Annual returns of the Patna Lunatic Asylum at Bankipore in Bihar and Orissa - 1912-1924
Year: 1912
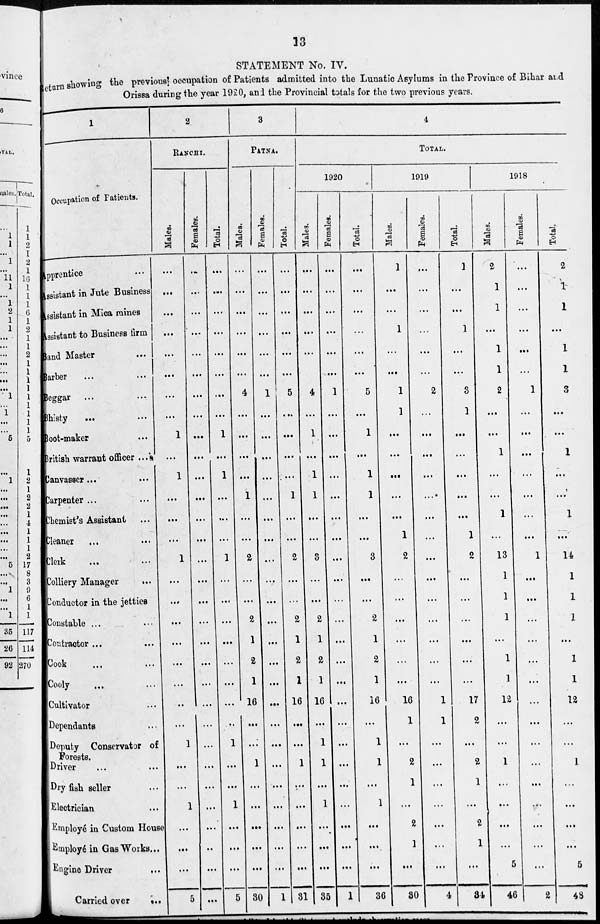
13
STATEMENT No. IV.
Return showing the previous occupation of Patients admitted into the Lunatic Asylums in the Province of Bihar and
Orissa during the year 1920, and the Provincial totals for the two previous years.
1
Occupation of Patients.
Apprentice ...
Assistant in Jute Business
Assistant in Mica mines
Assistant to Business firm
Band Master...
Barber... ...
Beggar
... ...
Bhisty
... ...
Boot-maker...
British warrant officer ...
Canvasser ... ...
Carpenter ... ...
Chemist's Assistant...
Cleaner... ...
Clerk... ...
Colliery Manager
...
Conductor in the jetties
Constable ... ...
Contractor ... ...
Cook... ...
Cooly... ...
Cultivator...
dependants...
Deputy Conservator of
Forests.
Driver ... ...
Dry fish seller...
Electrician...
Employé in Custom House
Employé in Gas Works...
Engine Driver...
Carried over
...
2
RANCHI.
Males.
...
...
...
...
...
...
...
...
1
...
1
...
...
...
1
...
...
...
...
...
...
...
...
1
...
...
1
...
...
...
5
Females.
...
...
...
...
...
...
...
...
...
...
...
...
...
...
...
...
...
...
...
...
...
...
...
...
...
...
...
...
...
...
...
Total.
...
...
...
...
...
...
...
...
1
...
1
...
...
...
1
...
...
...
...
...
...
...
...
1
...
...
1
...
...
...
5
3
PATNA.
Males.
...
...
...
...
...
...
4
...
...
...
...
1
...
...
2
...
...
2
1
2
1
16
...
...
1
...
...
...
...
...
30
Females.
...
...
...
...
...
...
1
...
...
...
...
...
...
...
...
...
...
...
...
...
...
...
...
...
...
...
...
...
...
...
1
Total.
...
...
...
...
...
...
5
...
...
...
....
1
...
...
2
...
...
2
1
2
1
16
...
...
1
...
...
...
...
...
31
4
TOTAL.
1920
Males.
...
...
...
...
...
...
4
...
1
...
1
1
...
...
3
...
...
2
1
2
1
16
...
1
1
...
1
...
...
...
35
Females.
...
...
...
...
...
...
1
...
...
...
...
...
...
...
...
...
...
...
...
...
...
...
...
...
...
...
...
...
...
...
1
Total.
...
...
...
...
...
...
5
...
1
...
1
1
...
...
3
...
...
2
1
2
1
16
...
1
1
...
1
...
...
...
36
1919
Males.
1
...
...
1
...
...
1
1
...
...
...
...
...
1
2
...
...
...
...
...
...
16
1
...
2
1
...
2
1
...
30
Females.
...
...
...
...
...
...
2
...
...
...
...
...
...
...
...
...
...
...
...
...
...
1
1
...
...
...
...
...
...
...
4
Total.
1
...
...
1
...
...
3
1
...
...
...
...
...
1
2
...
...
...
...
...
...
17
2
...
2
1
...
2
1
...
34
1918
Males.
2
1
1
...
1
1
2
...
...
1
...
...
1
...
13
1
1
1
...
1
1
12
...
...
1
...
...
...
...
5
46
Females.
...
...
...
...
...
...
1
...
...
...
...
...
...
...
1
...
...
...
...
...
...
...
...
...
...
...
...
...
...
...
2
Total.
2
1
1
...
1
1
3
...
...
1
...
...
1
...
14
1
1
1
...
1
1
12
...
...
1
...
...
...
...
5
48